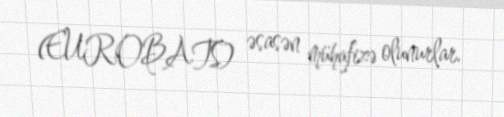
(EUROBATS) əsasən mühafizə olunurlar.